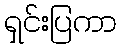
ရှင်းပြကာ